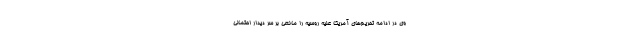
وی در ادامه تحریم‌های آمریکا علیه روسیه را مانعی بر سر دیدار احتمالی